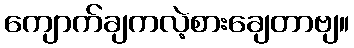
ကျောက်ချကလဲ့စားချေတာဗျ။